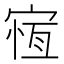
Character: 𡩃